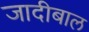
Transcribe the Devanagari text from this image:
जादीबाल